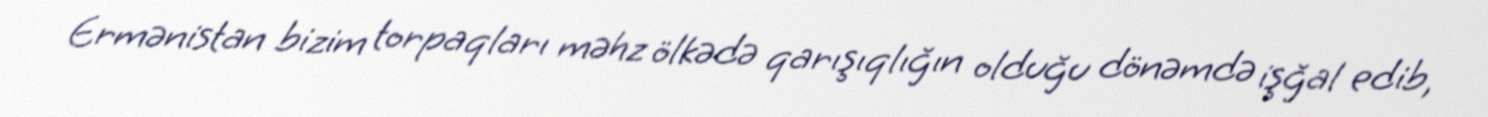
Ermənistan bizim torpaqları məhz ölkədə qarışıqlığın olduğu dönəmdə işğal edib,